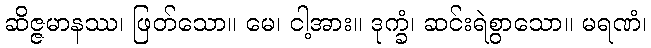
ဆိဇ္ဇမာနဿ၊ ဖြတ်သော။ မေ၊ ငါ့အား။ ဒုက္ခံ၊ ဆင်းရဲစွာသော။ မရဏံ၊